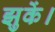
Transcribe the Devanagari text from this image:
झुकें।